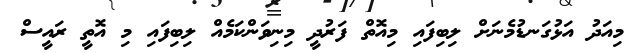
މިއަދު އަޅުގަނޑުމެނަށް ލިބިފައި މިއޮތް ފަރުދީ މިނިވަންކަމެއް ލިބިފައި މި އޮތީ ރައީސް